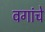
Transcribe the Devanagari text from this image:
वगांचे